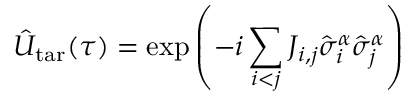
\hat { U } _ { \mathrm { t a r } } ( \tau ) = \exp \left( - i \sum _ { i < j } J _ { i , j } \hat { \sigma } _ { i } ^ { \alpha } \hat { \sigma } _ { j } ^ { \alpha } \right)